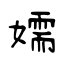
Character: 嬬